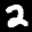
Label: 2